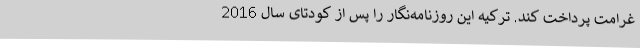
غرامت پرداخت کند. ترکیه این روزنامه‌نگار را پس از کودتای سال 2016